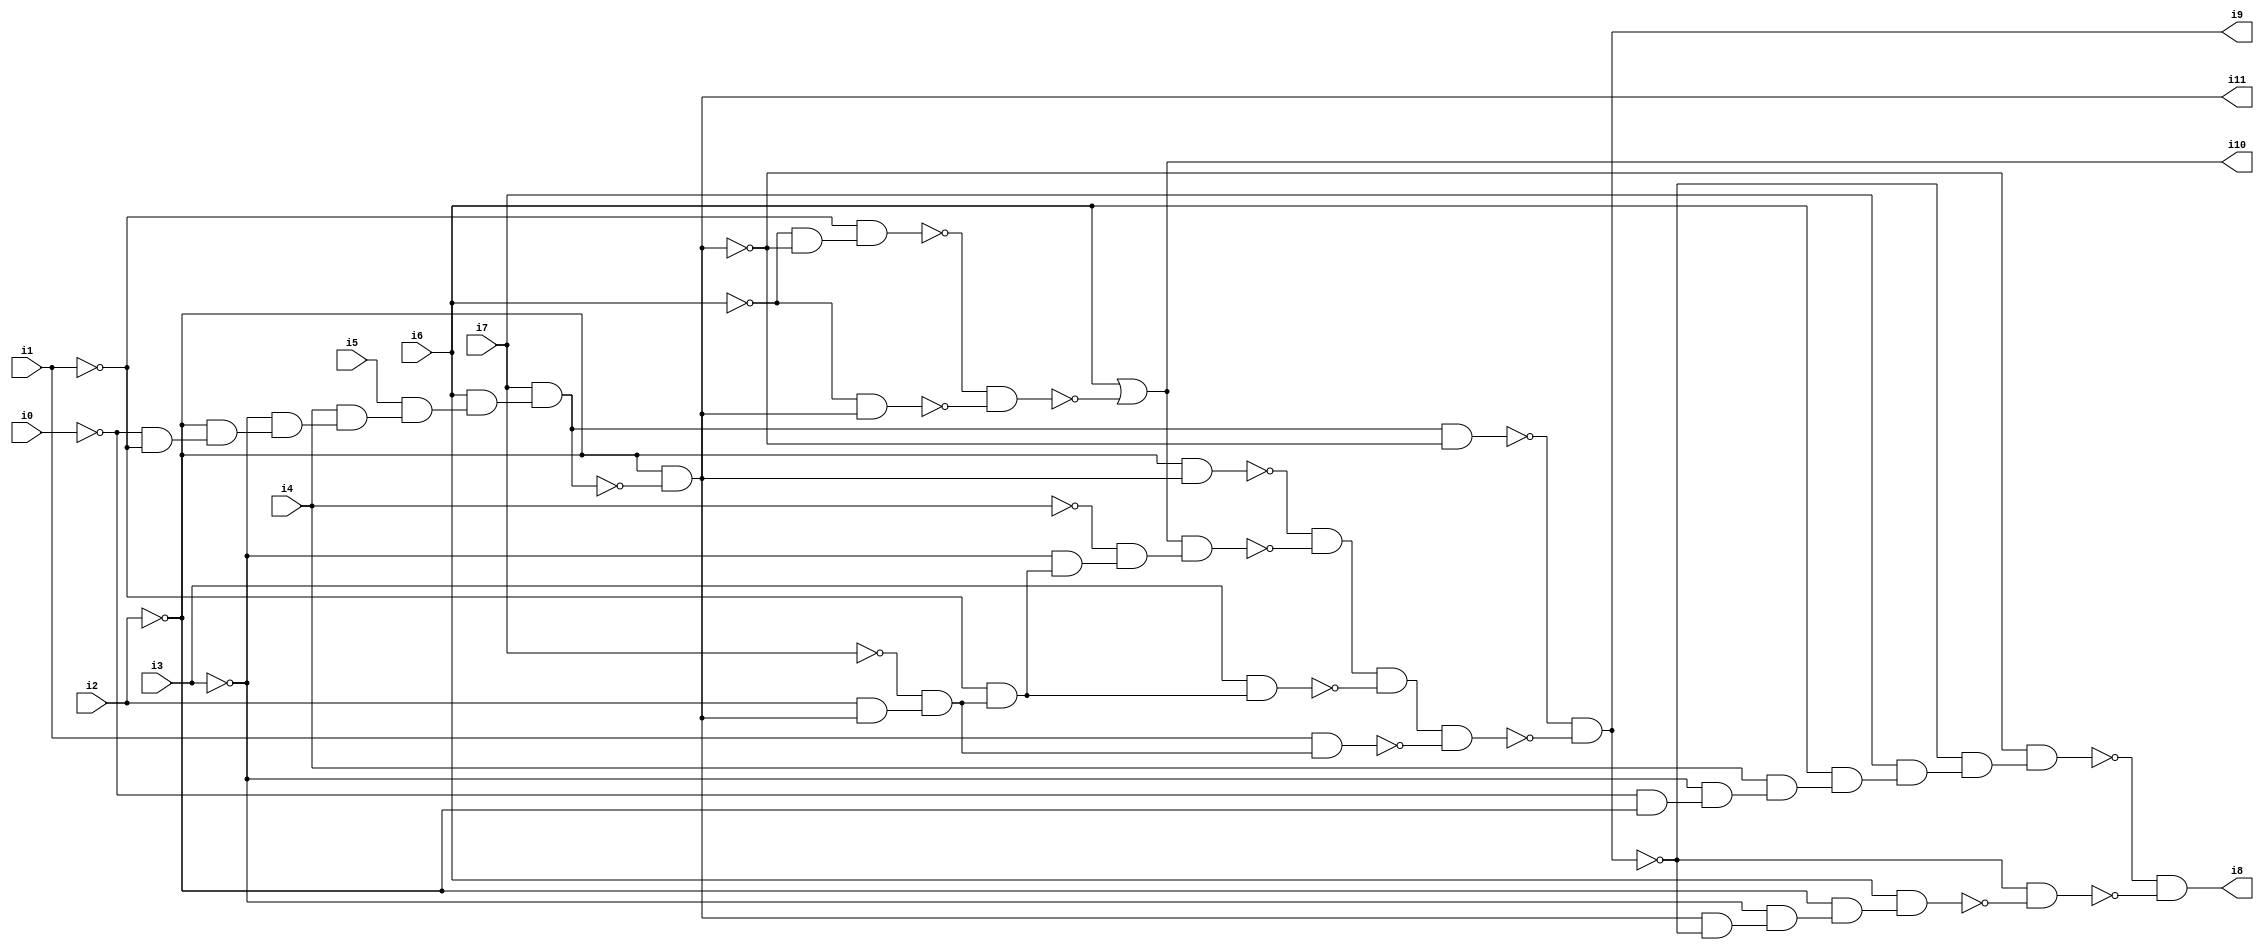
// Benchmark "SKOLEMFORMULA" written by ABC on Mon May  4 05:26:51 2020

module SKOLEMFORMULA ( 
    i0, i1, i2, i3, i4, i5, i6, i7,
    i8, i9, i10, i11  );
  input  i0, i1, i2, i3, i4, i5, i6, i7;
  output i8, i9, i10, i11;
  wire n13, n14, n15, n16, n17, n18, n19, n21, n22, n23, n24, n26, n27, n28,
    n29, n30, n31, n32, n33, n34, n35, n36, n37, n38, n40, n41, n42, n43,
    n44, n45, n46, n47, n48, n49, n50, n51;
  assign n13 = ~i0 & ~i1;
  assign n14 = ~i2 & n13;
  assign n15 = ~i3 & n14;
  assign n16 = i4 & n15;
  assign n17 = i5 & n16;
  assign n18 = i6 & n17;
  assign n19 = i7 & n18;
  assign i11 = ~i2 & ~n19;
  assign n21 = ~i6 & ~i11;
  assign n22 = ~i1 & n21;
  assign n23 = ~i6 & i11;
  assign n24 = ~n22 & ~n23;
  assign i10 = i6 | ~n24;
  assign n26 = n19 & ~i11;
  assign n27 = ~i2 & i11;
  assign n28 = i2 & i11;
  assign n29 = ~i7 & n28;
  assign n30 = ~i1 & n29;
  assign n31 = ~i3 & n30;
  assign n32 = ~i4 & n31;
  assign n33 = i10 & n32;
  assign n34 = ~n27 & ~n33;
  assign n35 = i3 & n30;
  assign n36 = n34 & ~n35;
  assign n37 = i1 & n29;
  assign n38 = n36 & ~n37;
  assign i9 = ~n26 & ~n38;
  assign n40 = ~i0 & ~i2;
  assign n41 = ~i3 & n40;
  assign n42 = i4 & n41;
  assign n43 = i6 & n42;
  assign n44 = i7 & n43;
  assign n45 = ~i9 & n44;
  assign n46 = ~i11 & n45;
  assign n47 = i11 & ~i9;
  assign n48 = ~i3 & n47;
  assign n49 = ~i2 & n48;
  assign n50 = i6 & n49;
  assign n51 = ~i9 & ~n50;
  assign i8 = ~n46 & ~n51;
endmodule